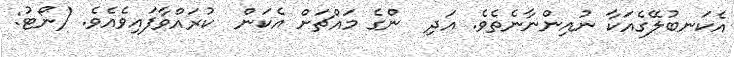
އެކަނބުލޭގެއަކާ ނުއިންނާނެތެވެ. އަދި  ންގެ މައްޗަށް އެކަން  ކުރައްވާފައިވެއެވެ. (ނޯޓު: